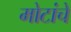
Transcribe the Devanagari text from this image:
मोटांचे